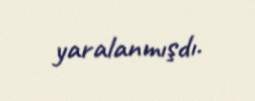
yaralanmışdı.